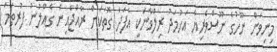
މިނިވަން ނޫހުގެ ނޫސްވެރިޔާ އަހުމަދު ރިލްވާނަކީ އެފަދަ ގޮތަކަށް ރާއްޖެއިން ގެއްލުނު ފުރތަމަ